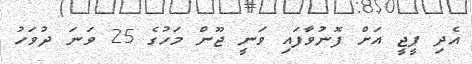
އެދި ޕީޖީ އަށް ފޮނުވާފައި ވަނީ ޖޫން މަހުގެ 25 ވަނަ ދުވަހު